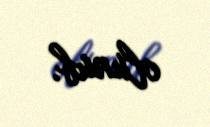
olunub.